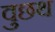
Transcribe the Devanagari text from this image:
वुछथ